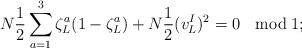
LaTeX: \begin{align*}N \frac{1}{2} \sum_{a=1}^3 \zeta_L^a (1 - \zeta_L^a) + N \frac{1}{2}(v_L^I)^2= 0 \ \ \bmod 1;\end{align*}